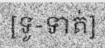
[ទូ-ទាត់]